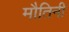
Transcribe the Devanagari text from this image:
मौतिनी